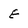
Character: E